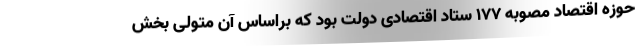
حوزه اقتصاد مصوبه ۱۷۷ ستاد اقتصادی دولت بود که براساس آن متولی بخش